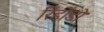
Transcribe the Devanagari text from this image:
रिडोंडो